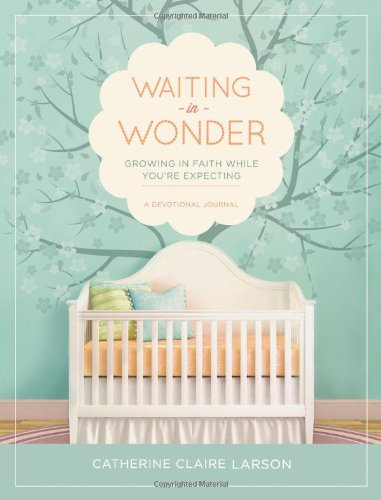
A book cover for Waiting in Wonder: Growing in Faith While You're Expecting; Catherine Claire Larson; Parenting & Relationships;